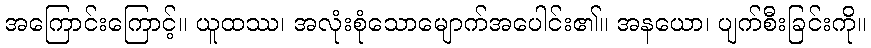
အကြောင်းကြောင့်။ ယူထဿ၊ အလုံးစုံသောမျောက်အပေါင်း၏။ အနယော၊ ပျက်စီးခြင်းကို။